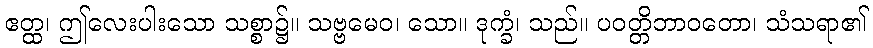
ဧတ္ထ၊ ဤလေးပါးသော သစ္စာ၌။ သဗ္ဗမေဝ၊ သော။ ဒုက္ခံ၊ သည်။ ပဝတ္တိဘာဝတော၊ သံသရာ၏